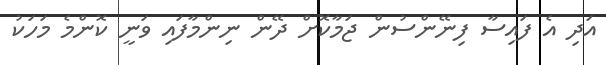
އަދި އެ ފައިސާ ފިނޭންސުން ޖަމާކޮށް ދޭން ނިންމާފައި ވަނީ ކޮންމެ މަހަކު